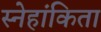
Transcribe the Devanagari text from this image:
स्नेहांकिता